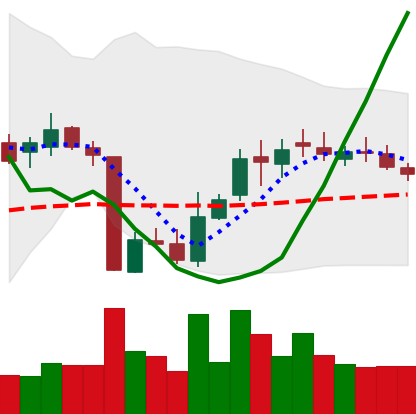
Ticker: XLM-USD
Chart end date: 2018-10-25
Forward return: -4.478%
Label: down_3_5